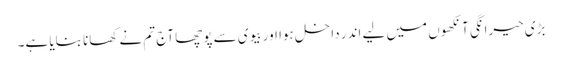
بڑی حیرانگی آنکھوں میں لیے اندر داخل ہوا اور بیوی سے پوچھا آج تم نے کھانا بنایا ہے۔